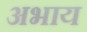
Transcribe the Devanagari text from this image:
अभाय